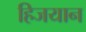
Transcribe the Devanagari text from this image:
हिजयान